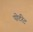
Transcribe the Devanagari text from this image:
पोर्टरेट